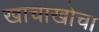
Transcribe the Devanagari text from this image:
खाचाखोचा